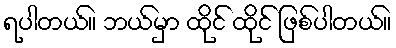
ရပါတယ်။ ဘယ်မှာ ထိုင် ထိုင် ဖြစ်ပါတယ်။